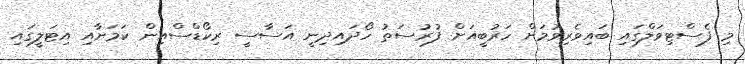
މި ފެސްޓިވަލްގައި ބައިވެރިވުމަށް ހަރުބީއަށް ފުރުސަތު ހޯދައިދިނީ އަސާސީ ރިކޯޑްސްއިން ކަމަށާއި އިޓަލީގައި